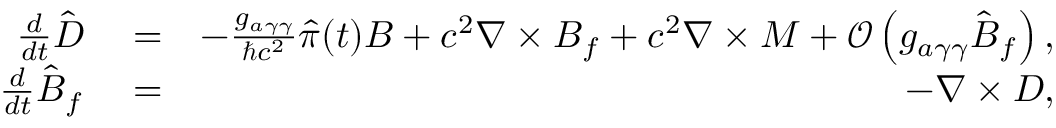
\begin{array} { r l r } { \frac { d } { d t } \hat { \boldsymbol D } } & { { } = } & { - \frac { g _ { a \gamma \gamma } } { \hbar c ^ { 2 } } \hat { \pi } ( t ) { \boldsymbol B } + c ^ { 2 } \boldsymbol \nabla \times { \boldsymbol B } _ { f } + c ^ { 2 } \boldsymbol \nabla \times { \boldsymbol M } + \mathcal O \left( g _ { a \gamma \gamma } \hat { \boldsymbol B } _ { f } \right) , } \\ { \frac { d } { d t } \hat { \boldsymbol B } _ { f } } & { { } = } & { - \boldsymbol \nabla \times { \boldsymbol D } , } \end{array}